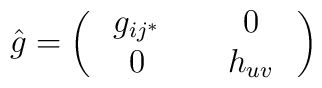
\hat g = \left (\matrix { g_{ij^*} & \quad 0 \quad \cr \quad 0\quad & h_{uv} \cr } \right )